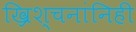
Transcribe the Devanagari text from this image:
ख्रिश्चनांनिही